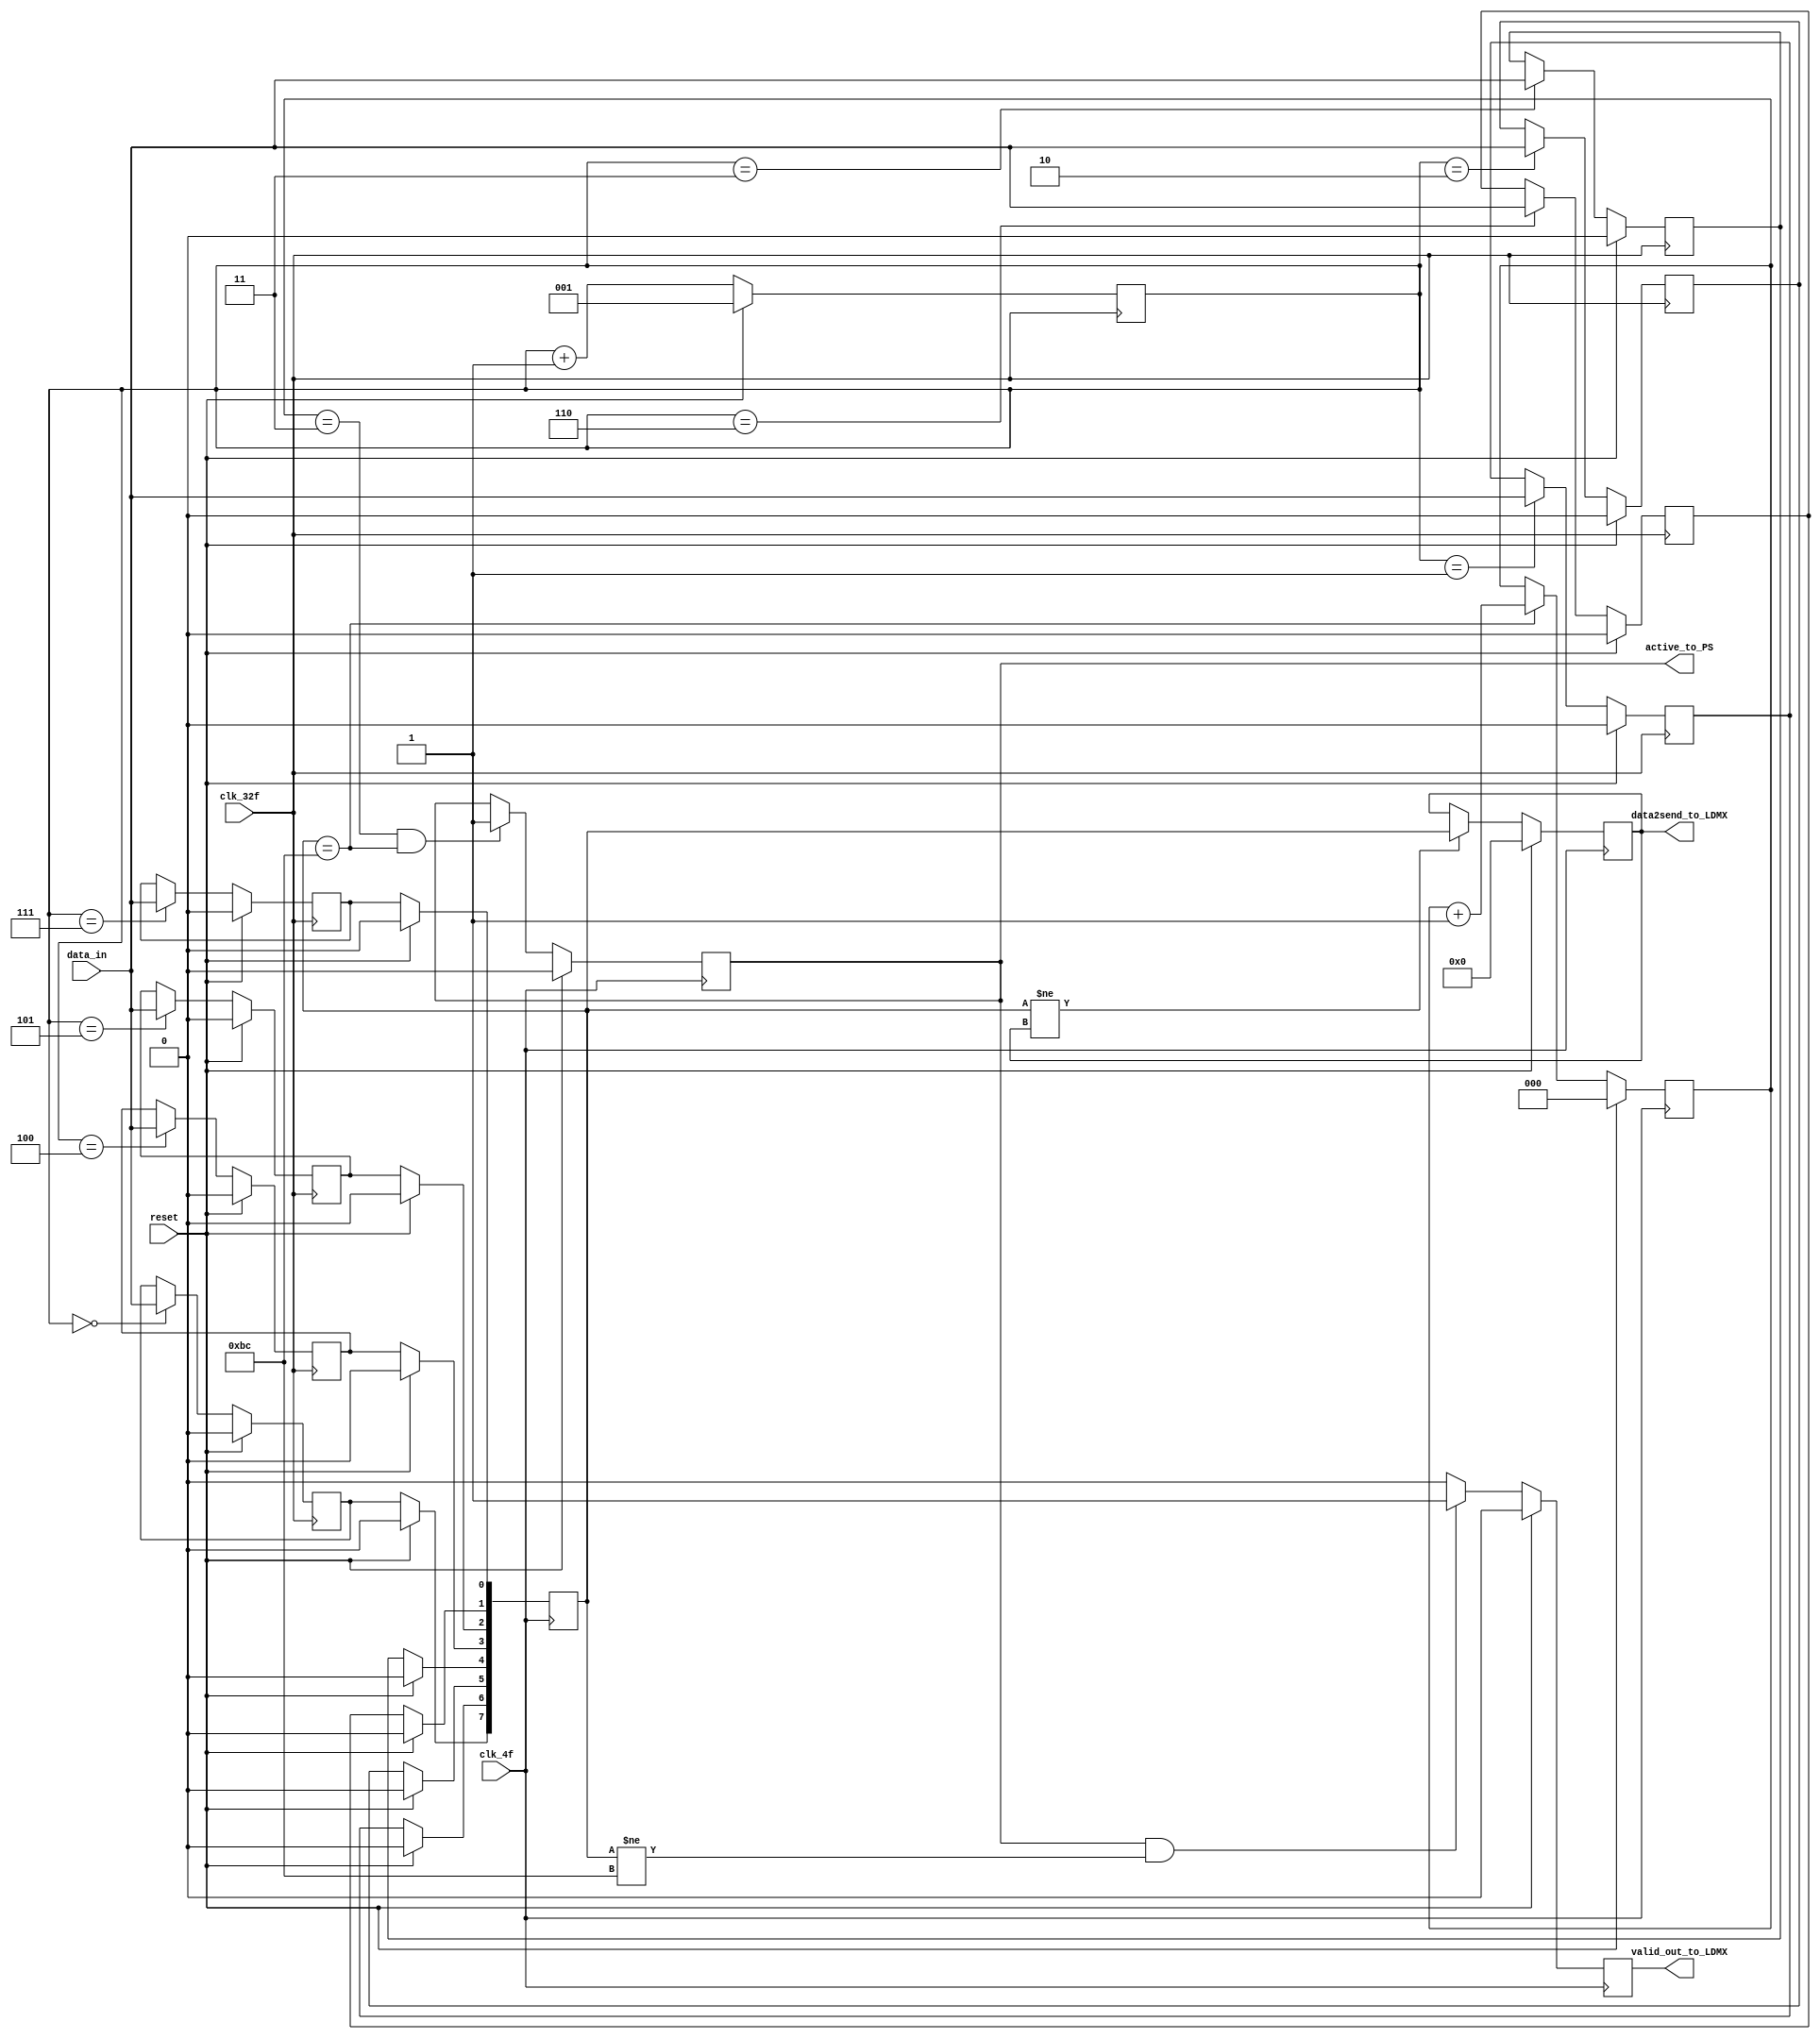
module SerialParalelo_verde(
    input clk_4f, clk_32f, data_in, reset,
    output reg [7:0] data2send_to_LDMX,
    output reg active_to_PS, valid_out_to_LDMX);
    

    reg temp0,temp1,temp2,temp3,temp4,temp5,temp6,temp7;
    reg [2:0] selector;
    reg [2:0] BC_counter;
    reg [7:0] data2send_temp;
    
   
 always@(negedge clk_32f)begin  
    if(reset == 1)begin
        temp0 <= 0;
        temp1 <= 0;
        temp2 <= 0;
        temp3 <= 0;
        temp4 <= 0;
        temp5 <= 0;
        temp6 <= 0;
        temp7 <= 0;
    end

    else begin
        case (selector)
        0: begin 
            temp0 <= data_in;
            end

        1: begin 
            temp1 <= data_in;
            end

        2: begin 
            temp2 <= data_in;
            end

        3: begin 
            temp3 <= data_in;
            end

        4: begin 
            temp4 <= data_in;
            end

        5: begin 
            temp5 <= data_in;
            end

        6: begin 
            temp6 <= data_in;
            end

        7: begin 
            temp7 <= data_in;
            end

        endcase
    end
 end



always@(posedge clk_32f)begin
    if(reset == 1)begin
        selector <= 3'b001;
    end
    else begin
        selector<=selector+1;
    end
end




always@(posedge clk_4f)begin

    if(reset == 1)begin
        BC_counter <= 0;
        active_to_PS <= 0;
        valid_out_to_LDMX <= 0;
        data2send_to_LDMX <= 0;
        data2send_temp <= 0;
    end

    else begin
    // selector <= 0;

    if(data2send_temp == 8'hBC)begin
        BC_counter <=  BC_counter + 1;
    end

    if (BC_counter == 3'b011 && data2send_temp == 8'hBC)begin
        active_to_PS <= 1;
    end
    
    
    if(active_to_PS == 1 && data2send_temp != 8'hBC)begin
        valid_out_to_LDMX <= 1 ;
    end
    else valid_out_to_LDMX <=0 ;
    
    data2send_temp[0]<=temp7;
    data2send_temp[1]<=temp6;
    data2send_temp[2]<=temp5;
    data2send_temp[3]<=temp4;
    data2send_temp[4]<=temp3;
    data2send_temp[5]<=temp2;
    data2send_temp[6]<=temp1;
    data2send_temp[7]<=temp0;

    if(data2send_temp != data2send_to_LDMX)begin
        data2send_to_LDMX <= data2send_temp;
    end

    end
end


endmodule